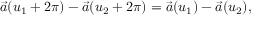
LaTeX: \vec { a } ( u _ { 1 } + 2 \pi ) - \vec { a } ( u _ { 2 } + 2 \pi ) = \vec { a } ( u _ { 1 } ) - \vec { a } ( u _ { 2 } ) ,